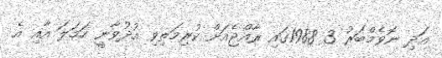
އަދި ނޮވެމްބަރު 3 1988ގައި ރާއްޖެއަށް ކުރިމަތިވި އުދުވާނީ ހަމަލަ އާއި އެ